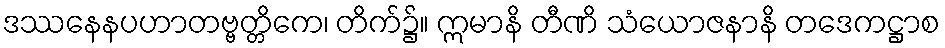
ဒဿနေနပဟာတဗ္ဗတ္တိကေ၊ တိက်၌။ ဣမာနိ တီဏိ သံယောဇနာနိ တဒေကဋ္ဌာစ